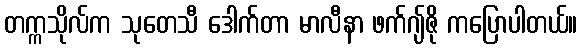
တက္ကသိုလ်က သုတေသီ ဒေါက်တာ မာလီနာ ဖက်ဂျ်ဇို ကပြောပါတယ်။